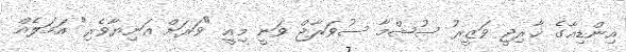
އިންޑިއާގެ ޚާރިޖީ ވަޒީރު ސުޝްމާ ސުވަރާޖް ވަނީ މިއީ "ވަރަށް އަނިޔާވެރި" އަމަލެއް